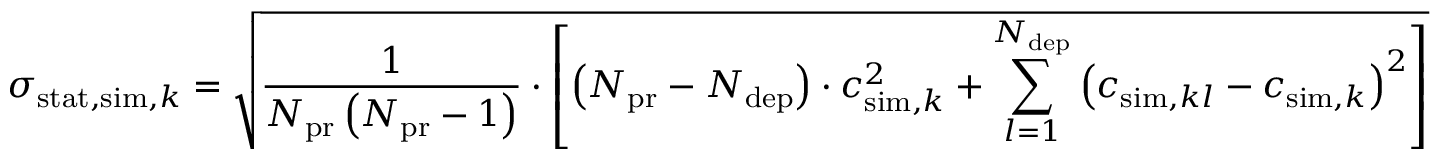
\sigma _ { \mathrm { s t a t } , \mathrm { s i m } , k } = \sqrt { \frac { 1 } { N _ { \mathrm { p r } } \left( N _ { \mathrm { p r } } - 1 \right) } \cdot \left[ \left( N _ { \mathrm { p r } } - N _ { \mathrm { d e p } } \right) \cdot c _ { \mathrm { s i m } , k } ^ { 2 } + \sum _ { l = 1 } ^ { N _ { \mathrm { d e p } } } \left( c _ { \mathrm { s i m } , k l } - c _ { \mathrm { s i m } , k } \right) ^ { 2 } \right] }